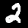
Label: 2